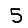
Digit: 5